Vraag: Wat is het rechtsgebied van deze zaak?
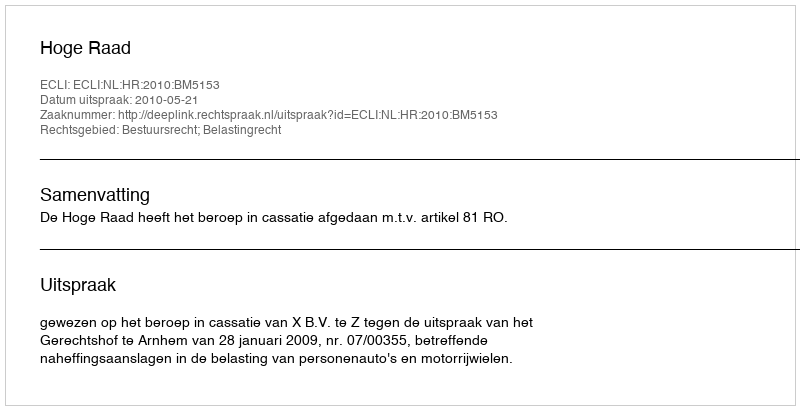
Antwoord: Bestuursrecht; Belastingrecht